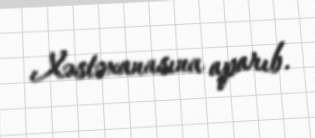
Xəstəxanasına aparıb.